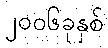
၂၀၀၆ခုနှစ်